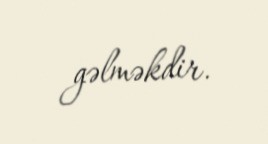
gəlməkdir.